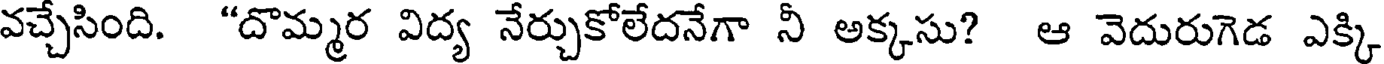
వచ్చేసింది. "దొమ్మర విద్య నేర్చుకోలేదనేగా నీ అక్కసు? ఆ వెదురుగెడ ఎక్కి